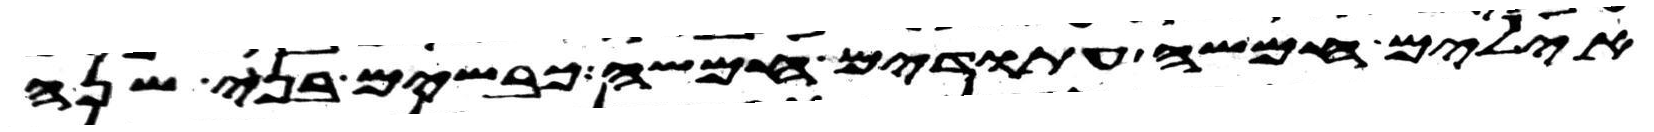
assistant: אילים חמשה עתודים חמשה כבשים בני שנה